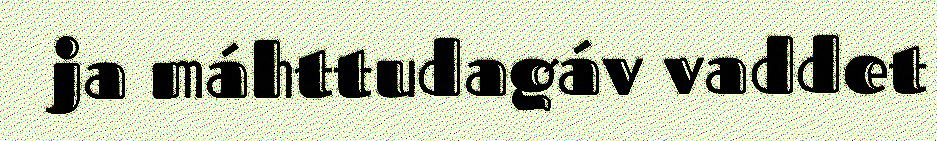
ja máhttudagáv vaddet